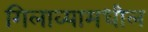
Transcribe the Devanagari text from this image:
गिलाव्यामधील